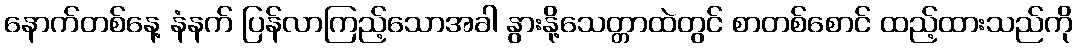
နောက်တစ်နေ့ နံနက် ပြန်လာကြည့်သောအခါ နွားနို့သေတ္တာထဲတွင် စာတစ်စောင် ထည့်ထားသည်ကို